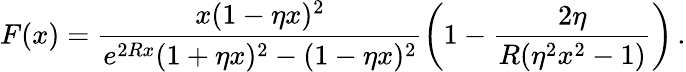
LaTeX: F(x)=\frac{x(1-\eta x)^{2}}{e^{2Rx}(1+\eta x)^{2}-(1-\eta x)^{2}}\left(1-\frac{2\eta}{R(\eta^{2}x^{2}-1)}\right)\, {.}